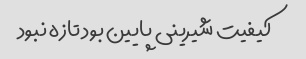
کیفیت شیرینی پایین بود تازه نبود